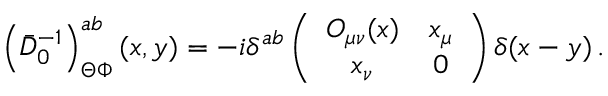
\left( \bar { D } _ { 0 } ^ { - 1 } \right) _ { \Theta \Phi } ^ { a b } ( x , y ) = - i \delta ^ { a b } \left( \begin{array} { c c } { { { \cal O } _ { \mu \nu } ( x ) } } & { { x _ { \mu } } } \\ { { x _ { \nu } } } & { { 0 } } \end{array} \right) \delta ( x - y ) \, .